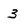
Character: 3